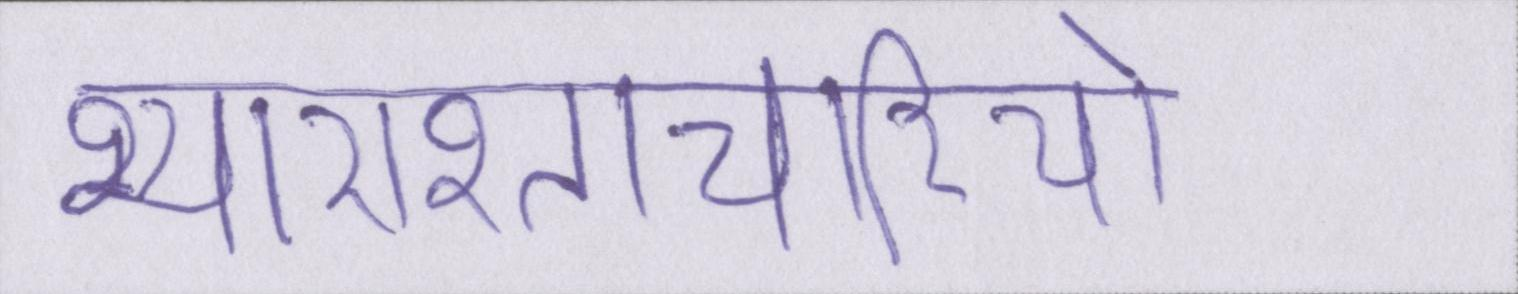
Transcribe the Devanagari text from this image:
भ्याराश्ताचारियो